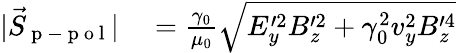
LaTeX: \begin{array}{rl}{|\vec{S}_{\mathrm{~p~-~p~o~l~}}|}&{{}=\frac{\gamma_{0}}{\mu_{0}}\sqrt{E_{y}^{\prime 2}B_{z}^{\prime 2}+\gamma_{0}^{2}v_{y}^{2}B_{z}^{\prime 4}}}\end{array}